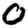
Digit: 0